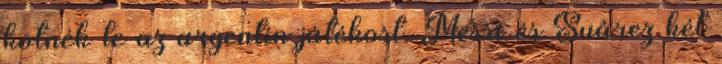
kötnék le az argentin játékost. Messi és Suárez két